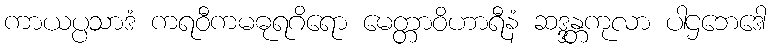
ကာယပ္ပသာဒံ ကရဝီကမဓုရဂိရော မေတ္တာဝိဟာရီနံ ဆဒ္ဒန္တကုလာ ပါဌဘေဒေါ